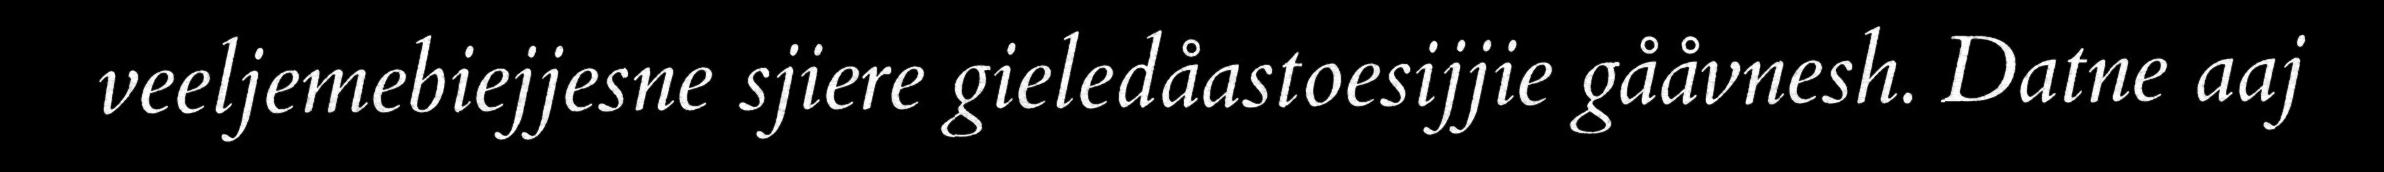
veeljemebiejjesne sjiere gieledåastoesijjie gååvnesh. Datne aaj